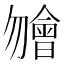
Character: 𣍐